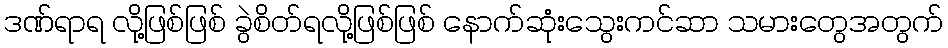
ဒဏ်ရာရ လို့ဖြစ်ဖြစ် ခွဲစိတ်ရလို့ဖြစ်ဖြစ် နောက်ဆုံးသွေးကင်ဆာ သမားတွေအတွက်